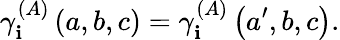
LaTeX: \gamma_{\mathbf{i}}^{\left(A\right)}\left(a,b,c\right)=\gamma_{\mathbf{i}}^{\left(A\right)}\left(a^{\prime},b,c\right).